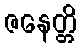
ဇနေတ္တိ